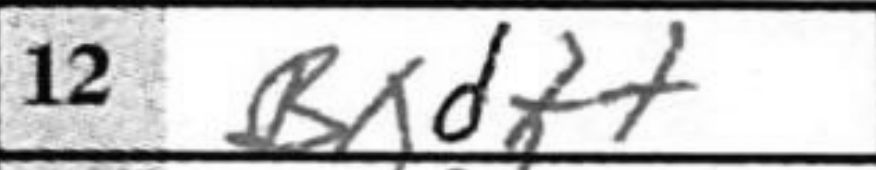
Transcription: Bxdf+